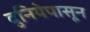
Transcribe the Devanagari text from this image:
दुनियेपासून